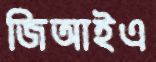
জিআইএ